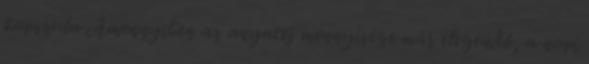
kapszula Amennyiben az anyatej mennyisége már elegendő, a napi